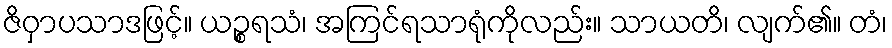
ဇိဝှာပသာဒဖြင့်။ ယဉ္စရသံ၊ အကြင်ရသာရုံကိုလည်း။ သာယတိ၊ လျက်၏။ တံ၊